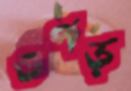
ওপড়